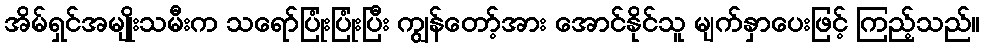
အိမ်ရှင်အမျိုးသမီးက သရော်ပြုံးပြုံးပြီး ကျွန်တော့်အား အောင်နိုင်သူ မျက်နှာပေးဖြင့် ကြည့်သည်။